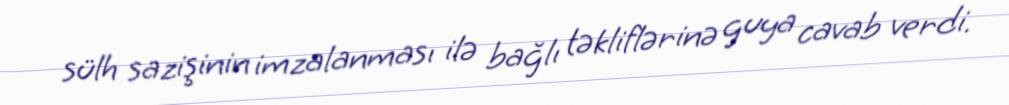
sülh sazişinin imzalanması ilə bağlı təkliflərinə guya cavab verdi.